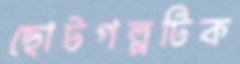
ছোটগল্পটিক